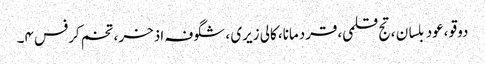
دوقو ،عود بلسان ،تج قلمی،قردمانا، کالی زیری ، شگوفہ اذخر، تخم کرفس ۴۔